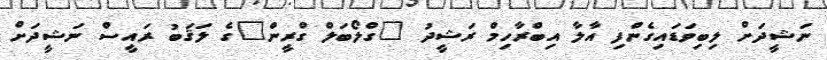
ނަޝީދަށް ލިބިވަޑައިގެންފި އާލާ އިބްރާހިމް ރަޝީދު "ގްލޯބަލް ގްރީން"ގެ ލަޤަބު ރައީސް ނަޝީދަށް